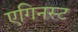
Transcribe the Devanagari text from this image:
एगिनस्ट